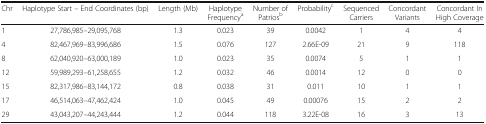
<table><thead><tr><td><b>Chr</b></td><td><b>Haplotype Start – End Coordinates (bp)</b></td><td><b>Length (Mb)</b></td><td><b>Haplotype Frequency<sup>a</sup></b></td><td><b>Number of Patrios<sup>b</sup></b></td><td><b>Probability<sup>c</sup></b></td><td><b>Sequenced Carriers</b></td><td><b>Concordant Variants</b></td><td><b>Concordant In High Coverage</b></td></tr></thead><tbody><tr><td>1</td><td>27,786,985–29,095,768</td><td>1.3</td><td>0.023</td><td>39</td><td>0.0042</td><td>1</td><td>4</td><td>4</td></tr><tr><td>4</td><td>82,467,969–83,996,686</td><td>1.5</td><td>0.076</td><td>127</td><td>2.66E-09</td><td>21</td><td>9</td><td>118</td></tr><tr><td>8</td><td>62,040,920–63,000,189</td><td>1.0</td><td>0.023</td><td>35</td><td>0.0074</td><td>5</td><td>1</td><td>1</td></tr><tr><td>12</td><td>59,989,293–61,258,655</td><td>1.2</td><td>0.032</td><td>46</td><td>0.0014</td><td>12</td><td>0</td><td>0</td></tr><tr><td>15</td><td>82,317,986–83,144,172</td><td>0.8</td><td>0.038</td><td>31</td><td>0.011</td><td>10</td><td>1</td><td>1</td></tr><tr><td>17</td><td>46,514,063–47,462,424</td><td>1.0</td><td>0.045</td><td>49</td><td>0.00076</td><td>15</td><td>2</td><td>2</td></tr><tr><td>29</td><td>43,043,207–44,243,444</td><td>1.2</td><td>0.044</td><td>118</td><td>3.22E-08</td><td>16</td><td>3</td><td>13</td></tr></tbody></table>